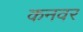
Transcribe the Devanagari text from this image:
कनवर